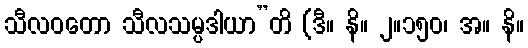
သီလဝတော သီလသမ္ပဒါယာ”တိ (ဒီ။ နိ။ ၂။၁၅၀၊ အ။ နိ။